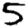
Digit: 5